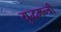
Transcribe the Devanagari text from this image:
युद्धमन्त्री